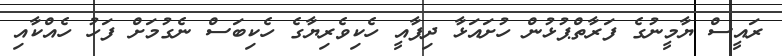
ރައީސް ޔާމީނުގެ ފަރާތްޕުޅުން ހުށައަޅާ ދިފާއީ ހެކިވެރިޔާގެ ހެކިބަސް ނެގުމަށް ފަހު ހެއްކާއި